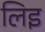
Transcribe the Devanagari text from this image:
लिइ